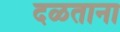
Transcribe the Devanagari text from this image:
दळताना